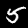
Digit: 5